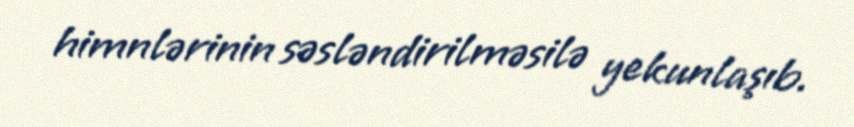
himnlərinin səsləndirilməsilə yekunlaşıb.